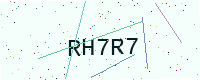
Text: RH7R7